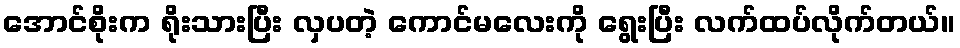
အောင်စိုးက ရိုးသားပြီး လှပတဲ့ ကောင်မလေးကို ရွေးပြီး လက်ထပ်လိုက်တယ်။